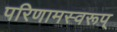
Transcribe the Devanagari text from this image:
परिणामस्वरूप्